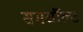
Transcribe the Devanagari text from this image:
समर्सौल्ट